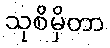
သုစိမှိတာ